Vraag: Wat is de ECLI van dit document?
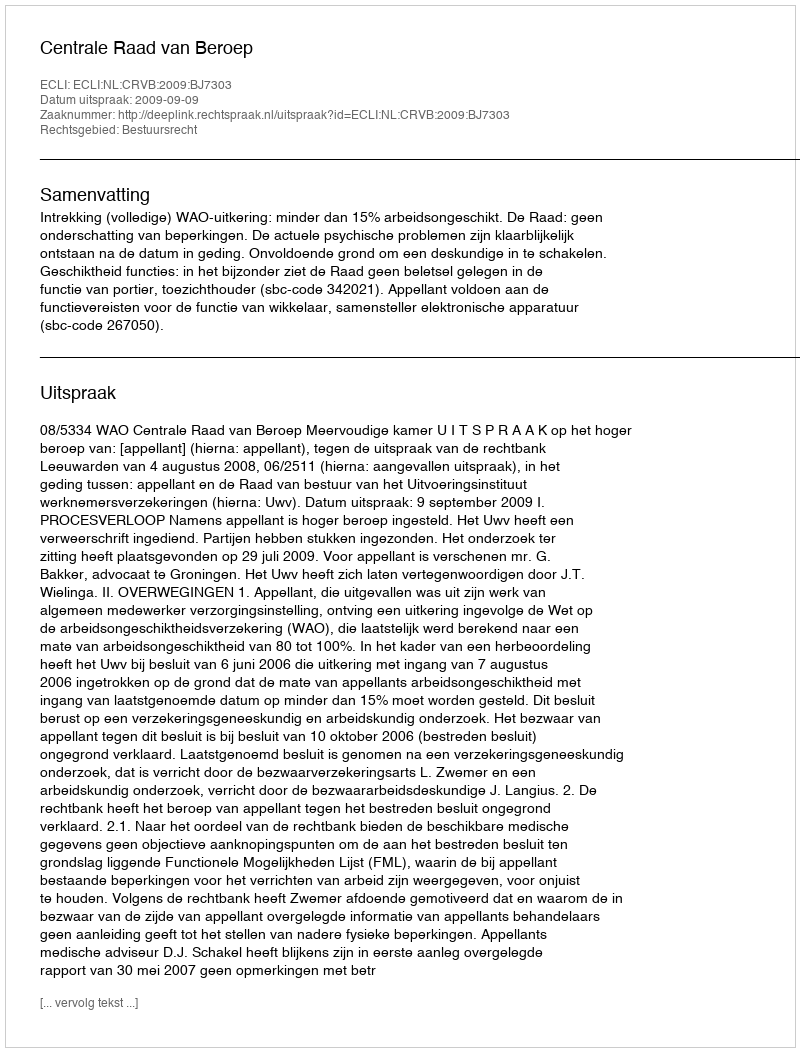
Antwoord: ECLI:NL:CRVB:2009:BJ7303